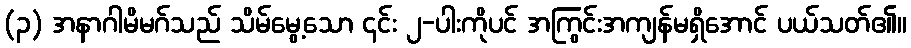
(၃) အနာဂါမိမဂ်သည် သိမ်မွေ့သော ၎င်း ၂-ပါးကိုပင် အကြွင်းအကျန်မရှိအောင် ပယ်သတ်၏။